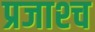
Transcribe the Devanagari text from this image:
प्रजाश्‍च